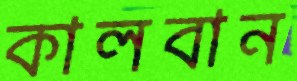
কালবান